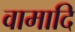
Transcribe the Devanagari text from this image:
वामादि